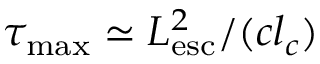
\tau _ { \mathrm { m a x } } \simeq L _ { \mathrm { e s c } } ^ { 2 } / ( c l _ { c } )